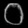
Digit: ၀